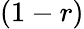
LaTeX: (1-r)